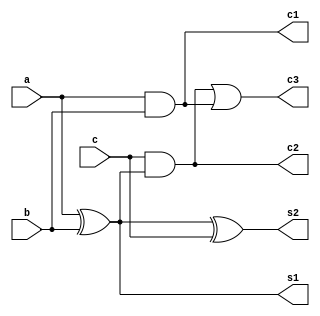
`timescale 1ns / 1ps

module Full_Adder(input a,b,c, 
                  output s1,s2,
                  output c1,c2,c3
);

xor X1(s1,a,b);
xor X2(s2,s1,c);

and A1(c1,a,b);
and A2(c2,c,s1);
or O1(c3,c2,c1);


endmodule

`timescale 1ns / 1ps

module Full_Adder_tb;

reg a,b,c;
wire s,carr;

Full_Adder UUT(
    .a(a),
    .b(b),
    .c(c),
    .s2(s),
    .c3(carr)
    );

initial
begin

#10 
a = 0; b = 0; c = 0;    #10
a = 0; b = 0; c = 1;    #10
a = 0; b = 1; c = 0;    #10
a = 0; b = 1; c = 1;    #10
a = 1; b = 0; c = 0;    #10
a = 1; b = 0; c = 1;    #10
a = 1; b = 1; c = 0;    #10
a = 1; b = 1; c = 1;    #10

$finish;

end
endmodule